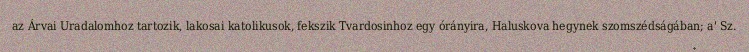
az Árvai Uradalomhoz tartozik, lakosai katolikusok, fekszik Tvardosinhoz egy órányira, Haluskova hegynek szomszédságában; a' Sz.